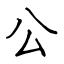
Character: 公